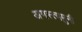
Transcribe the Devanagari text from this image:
अगस्त्यमुनी